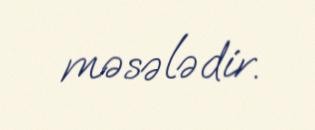
məsələdir.